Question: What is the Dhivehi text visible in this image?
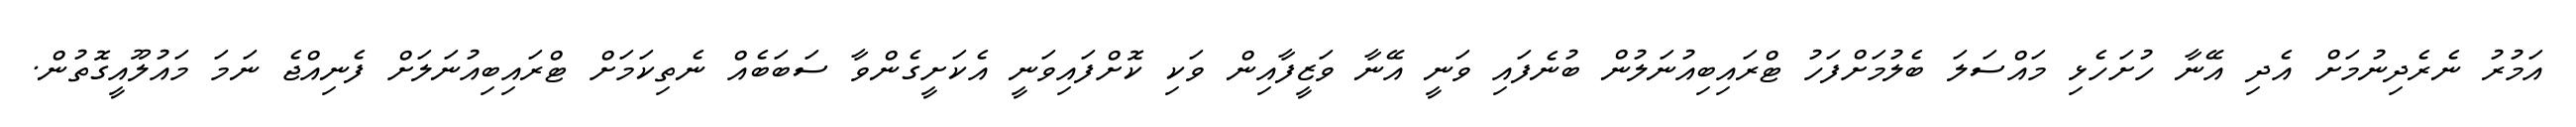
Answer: އަމުރު ނެރެދިނުމަށް އެދި އޭނާ ހުށަހެޅި މައްސަލަ ބެލުމަށްފަހު ޓްރައިބިއުނަލުން ބުނެފައި ވަނީ އޭނާ ވަޒީފާއިން ވަކި ކޮށްފައިވަނީ އެކަށީގެންވާ ސަބަބެއް ނެތިކަމަށް ޓްރައިބިއުނަލަށް ފެނިއްޖެ ނަމަ މައުލޫއީގޮތުން.